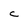
Character: C